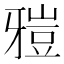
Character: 𤘑